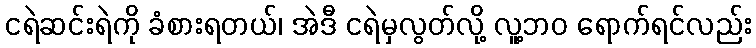
ငရဲဆင်းရဲကို ခံစားရတယ်၊ အဲဒီ ငရဲမှလွတ်လို့ လူ့ဘဝ ရောက်ရင်လည်း